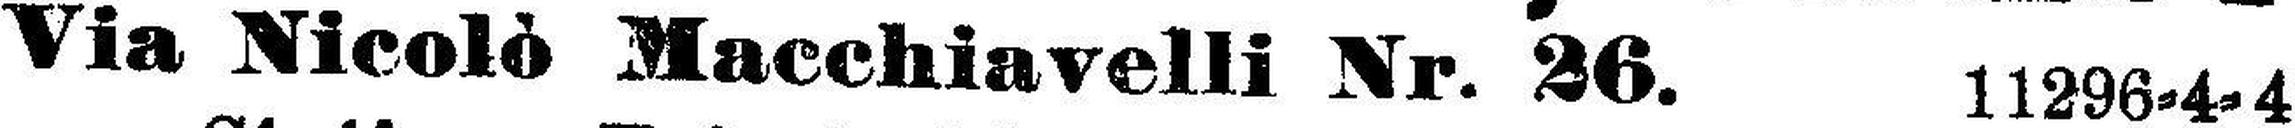
Via Nicolò Macchiavelli Nr. 26. 11296=4=4